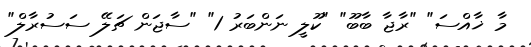
މާ ޚާއްސަ" "ރާޖާ ބާބޫ" "ކޫލީ ނަންބަރު 1" "ސާޖަން ޗަލޭ ސަސުރާލް"